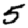
Digit: 5